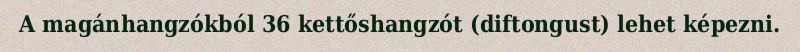
A magánhangzókból 36 kettőshangzót (diftongust) lehet képezni.